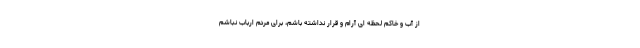
از آب و خاکم لحظه ای آرام و قرار نداشته باشم، برای مردم ارباب نباشم